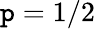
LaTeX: \mathtt{p}=1/2